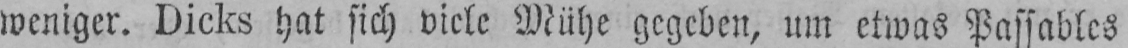
weniger. Dicks hat sich viele Mühe gegeben, um etwas Passables